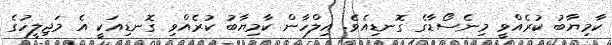
ކާމިޔާބު ކުރެއްވީ މިނެސޯޑާގެ ގޮނޑިއެވެ. އިލްހާން ކާމިޔާބު ކުރެއްވި ގޮނޑިއަކީ އެ މަޖިލީހުގެ